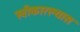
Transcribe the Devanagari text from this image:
स्वीकारल्यास